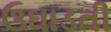
ઉઘાડતી